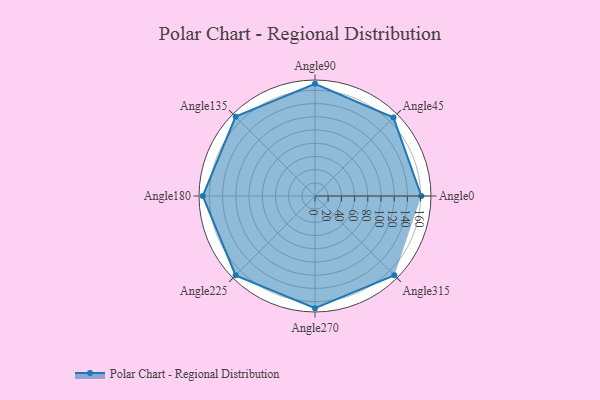
{"axis": {"x": "Angle", "y": "Radius"}, "legend": [""], "data": [{"x": "Angle0", "y": 161.0, "type": ""}, {"x": "Angle45", "y": 168.0, "type": ""}, {"x": "Angle90", "y": 170, "type": ""}, {"x": "Angle135", "y": 170, "type": ""}, {"x": "Angle180", "y": 170, "type": ""}, {"x": "Angle225", "y": 170, "type": ""}, {"x": "Angle270", "y": 170, "type": ""}, {"x": "Angle315", "y": 170, "type": ""}]}